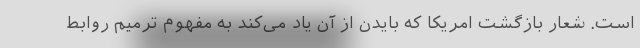
است. شعار بازگشت امریکا که بایدن از آن یاد می‌کند به مفهوم ترمیم روابط